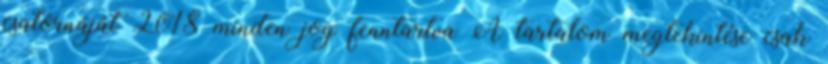
csatornáját 2018 minden jog fenntartva A tartalom megtekintése csak